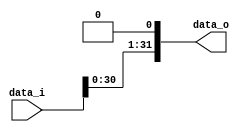
/***************************************************
Student Name: 
Student ID: 
***************************************************/

`timescale 1ns/1ps

module Shift_Left_1(
    input  [31:0] data_i,
    output [31:0] data_o
    );

/* Write your code HERE */
assign data_o = {data_i[30:0], 1'b0};

endmodule